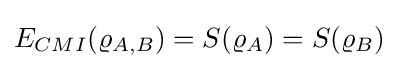
E_{CMI}(\varrho _{A,B})=S(\varrho _{A})=S(\varrho _{B})